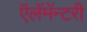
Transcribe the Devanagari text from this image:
ऍलॅमॅन्टरी